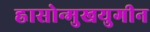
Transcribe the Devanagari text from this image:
ह्रासोन्मुखयुगीन